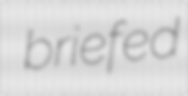
briefed